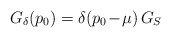
\begin{align*}G_\delta(p_0)=\delta(p_0\! -\! \mu)\,G_S\end{align*}